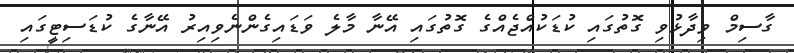
ގާސިމް ވިދާޅުވި ގޮތުގައި ކުޑަކުއްޖެއްގެ ގޮތުގައި އޭނާ މާލެ ވަޑައިގެންނެވިއިރު އޭނާގެ ކުޑަސިޓީގައި